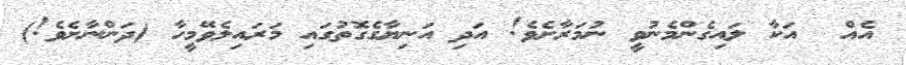
އެއް  އަކާ ލައިގެންމެނުވީ ނުމަރާށެވެ! އަދި އަނިޔާގެގޮތުގައި މަރައިލެވޭމީހާ (ދަންނާށެވެ!)